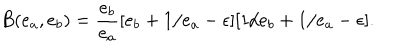
B ( e _ { a } , e _ { b } ) = \frac { e _ { b } } { e _ { a } } [ e _ { b } + 1 / e _ { a } - \epsilon ] [ 1 / e _ { b } + 1 / e _ { a } - \epsilon ] .